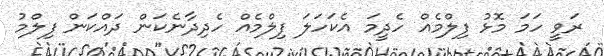
ރަވީ ހަމަ މޮޅު ފިލްމެއް ހެދީމަ އެކަހަލަ ފިލްމެއް ހެދިދާނެކަން ދައްކަން ފިލްމު